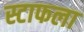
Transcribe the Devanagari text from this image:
स्टाफला